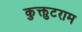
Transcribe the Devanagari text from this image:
कुक्तुटराम